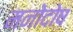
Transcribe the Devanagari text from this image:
मनोदोष